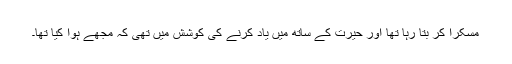
مسکرا کر بتا رہا تھا اور حیرت کے ساتھ میں یاد کرنے کی کوشش میں تھی کہ مجھے ہوا کیا تھا۔